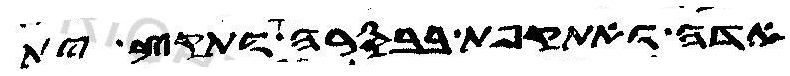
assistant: אדה ואתקפת בבסרה ותקץ ית